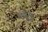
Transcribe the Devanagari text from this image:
बव्न्दर